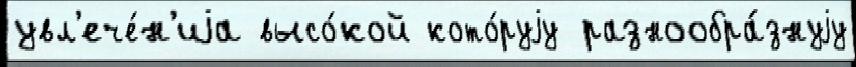
увл'ече́н'иjа высо́кой кото́руjу разнообра́знуjу